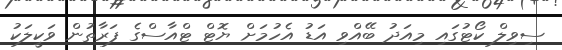
ސިވިލް ކޯޓުގައި މިއަދު ބޭއްވި އަޑު އެހުމަށް ޔޮޓް ޓްއާސްގެ ފަރާތުން ވަކީލަކު